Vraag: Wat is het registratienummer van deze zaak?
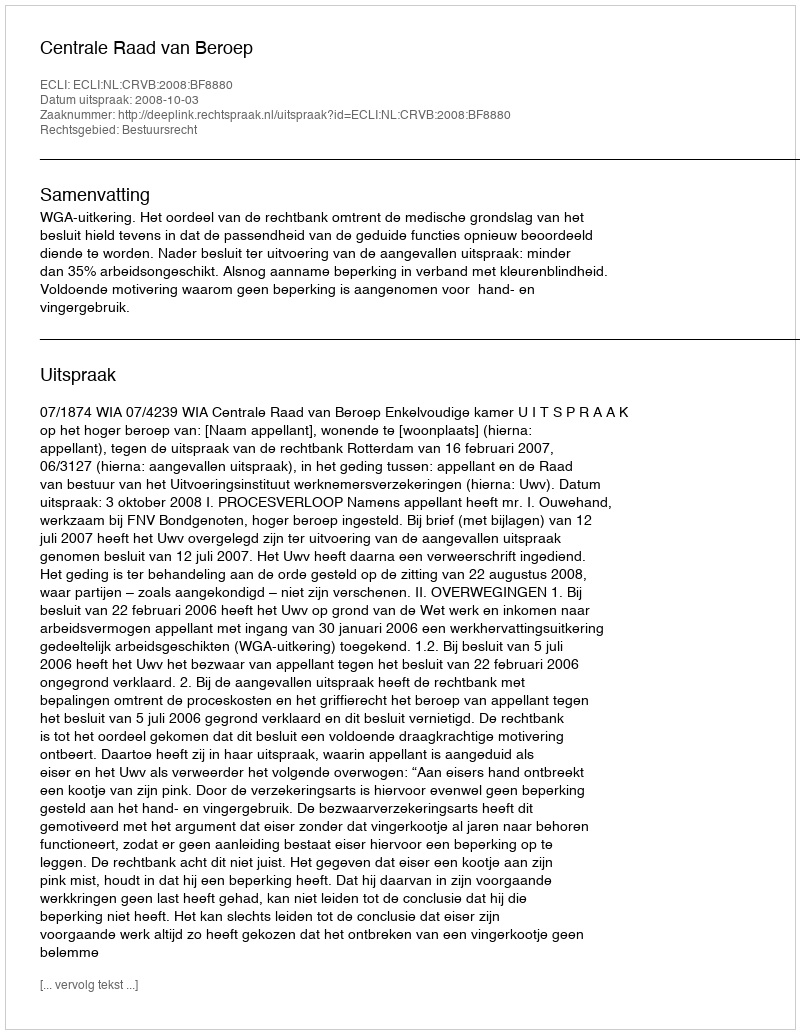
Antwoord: http://deeplink.rechtspraak.nl/uitspraak?id=ECLI:NL:CRVB:2008:BF8880